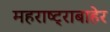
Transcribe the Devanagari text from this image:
महराष्ट्राबाहेर